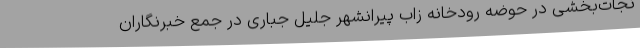
نجات‌بخشی در حوضه رودخانه زاب پیرانشهر جلیل جباری در جمع خبرنگاران